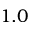
1 . 0